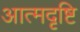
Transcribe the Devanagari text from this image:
आत्मदृष्टि